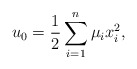
\begin{align*}u_0=\frac12\sum_{i=1}^{n}\mu_ix_i^2,\end{align*}